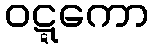
ဝဋ္ဋကော